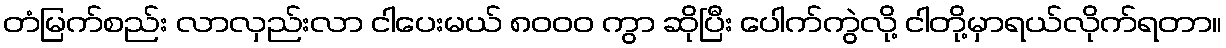
တံမြက်စည်း လာလှည်းလာ ငါပေးမယ် ၈၀၀၀ ကွာ ဆိုပြီး ပေါက်ကွဲလို့ ငါတို့မှာရယ်လိုက်ရတာ။